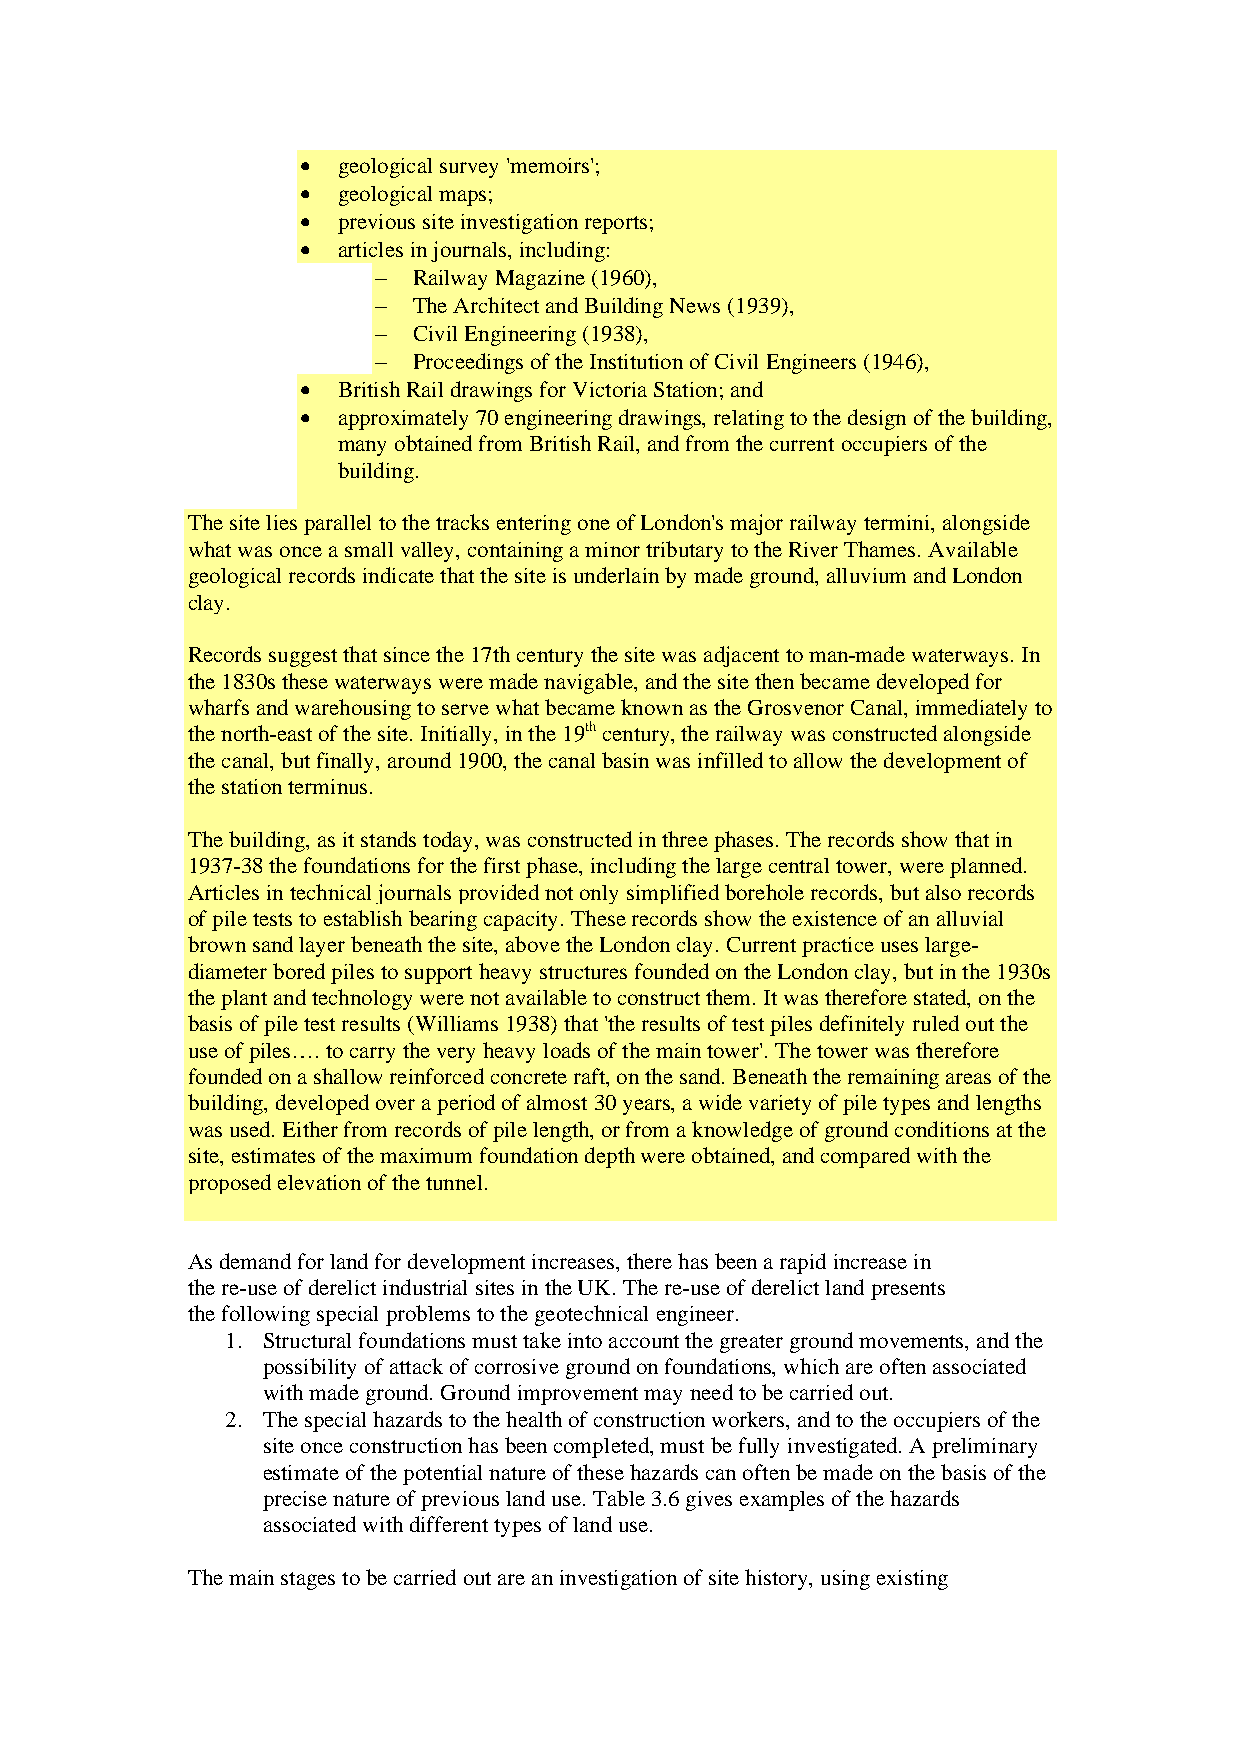
• geological survey 'memoirs';
 • geological maps;
 • previous site investigation reports;
 • articles in journals, including:
 − Railway Magazine (1960),
 − The Architect and Building News (1939),
 − Civil Engineering (1938),
 − Proceedings of the Institution of Civil Engineers (1946),
 • British Rail drawings for Victoria Station; and
 • approximately 70 engineering drawings, relating to the design of the building,
 many obtained from British Rail, and from the current occupiers of the
 building.
 The site lies parallel to the tracks entering one of London's major railway termini, alongside
 what was once a small valley, containing a minor tributary to the River Thames. Available
 geological records indicate that the site is underlain by made ground, alluvium and London
 clay.
 Records suggest that since the 17th century the site was adjacent to man-made waterways. In
 the 1830s these waterways were made navigable, and the site then became developed for
 wharfs and warehousing to serve what became known as the Grosvenor Canal, immediately to
 the north-east of the site. Initially, in the 19th century, the railway was constructed alongside
 the canal, but finally, around 1900, the canal basin was infilled to allow the development of
 the station terminus.
 The building, as it stands today, was constructed in three phases. The records show that in
 1937-38 the foundations for the first phase, including the large central tower, were planned.
 Articles in technical journals provided not only simplified borehole records, but also records
 of pile tests to establish bearing capacity. These records show the existence of an alluvial
 brown sand layer beneath the site, above the London clay. Current practice uses large-
 diameter bored piles to support heavy structures founded on the London clay, but in the 1930s
 the plant and technology were not available to construct them. It was therefore stated, on the
 basis of pile test results (Williams 1938) that 'the results of test piles definitely ruled out the
 use of piles…. to carry the very heavy loads of the main tower'. The tower was therefore
 founded on a shallow reinforced concrete raft, on the sand. Beneath the remaining areas of the
 building, developed over a period of almost 30 years, a wide variety of pile types and lengths
 was used. Either from records of pile length, or from a knowledge of ground conditions at the
 site, estimates of the maximum foundation depth were obtained, and compared with the
 proposed elevation of the tunnel.
 As demand for land for development increases, there has been a rapid increase in
 the re-use of derelict industrial sites in the UK. The re-use of derelict land presents
 the following special problems to the geotechnical engineer.
 1. Structural foundations must take into account the greater ground movements, and the
 possibility of attack of corrosive ground on foundations, which are often associated
 with made ground. Ground improvement may need to be carried out.
 2. The special hazards to the health of construction workers, and to the occupiers of the
 site once construction has been completed, must be fully investigated. A preliminary
 estimate of the potential nature of these hazards can often be made on the basis of the
 precise nature of previous land use. Table 3.6 gives examples of the hazards
 associated with different types of land use.
 The main stages to be carried out are an investigation of site history, using existing